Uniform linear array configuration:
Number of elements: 4
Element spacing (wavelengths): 0.5
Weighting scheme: blackman
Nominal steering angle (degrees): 15
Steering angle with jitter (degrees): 14.259
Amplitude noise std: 0.05
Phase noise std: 0.05

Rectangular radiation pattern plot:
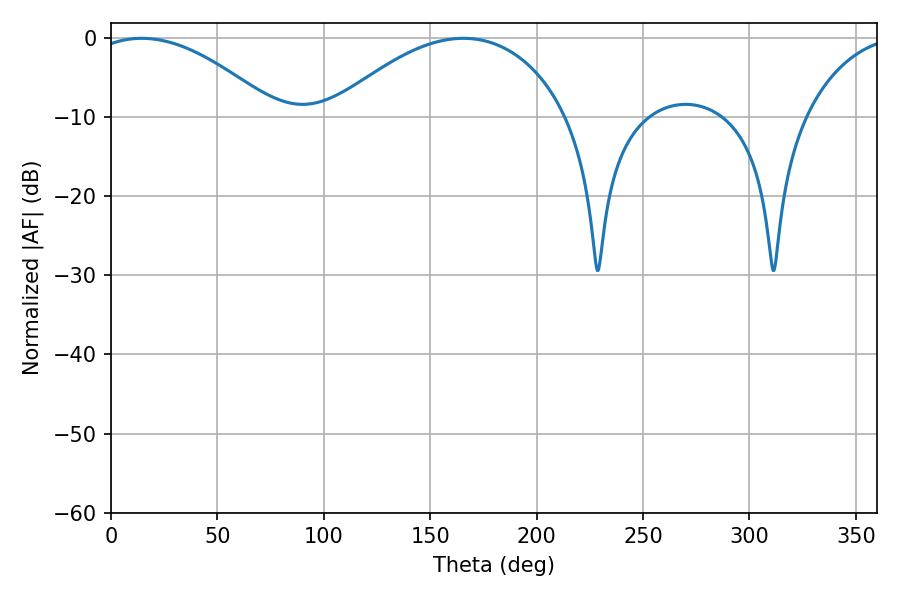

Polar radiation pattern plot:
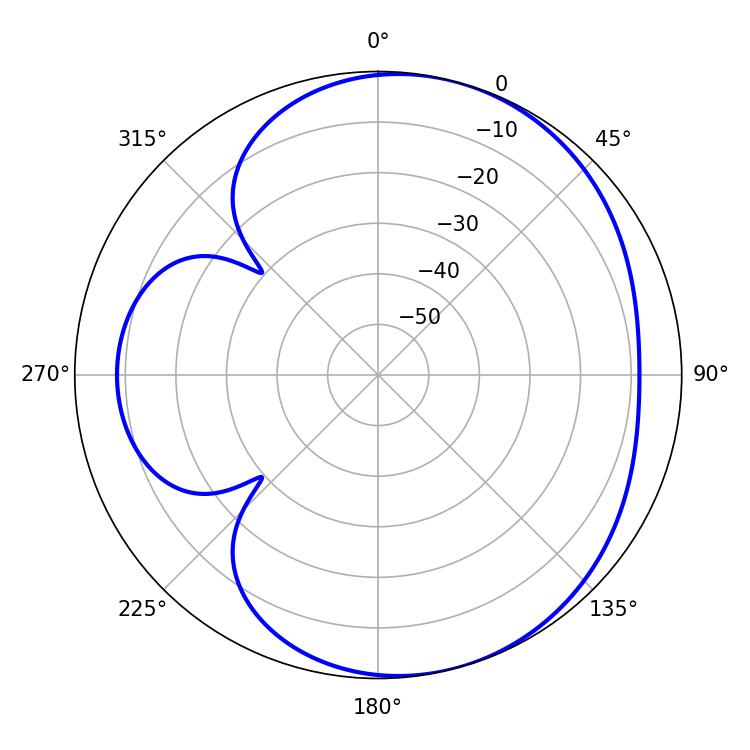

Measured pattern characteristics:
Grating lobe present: FALSE
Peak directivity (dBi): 5.024
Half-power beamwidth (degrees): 48.42
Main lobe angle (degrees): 14.4